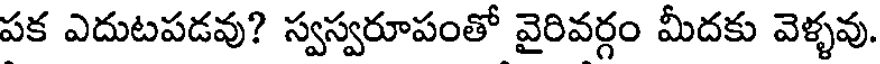
పక ఎదుటపడవు? స్వస్వరూపంతో వైరివర్గం మీదకు వెళ్ళవు.